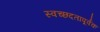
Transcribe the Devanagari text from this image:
स्वच्छदतापूर्वक